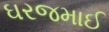
ઘરજમાઈ